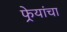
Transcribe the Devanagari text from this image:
फेर्‍यांचा